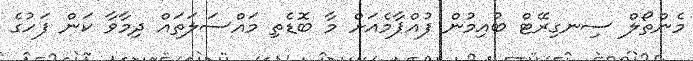
މެންތޯލް ސިނގިރޭޓް ބުއިމުން ފުއްޕާމެއަށް މާ ބޮޑެތި މައްސަލަތައް ދިމާވާ ކަން ފަހުގެ